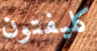
كليفتون